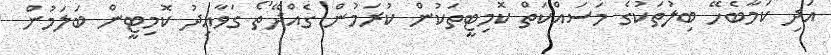
އަދި ކަމާބެހޭ ބިލުތަކުގެ މަސައްކަތް ކޮމިޓީތަކުން ކުރަމުން ގެއްދޭތޯ ގަވާއިދު ކޮމިޓީން ބަލަމުން